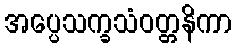
အပ္ပေသက္ခသံဝတ္တနိကာ